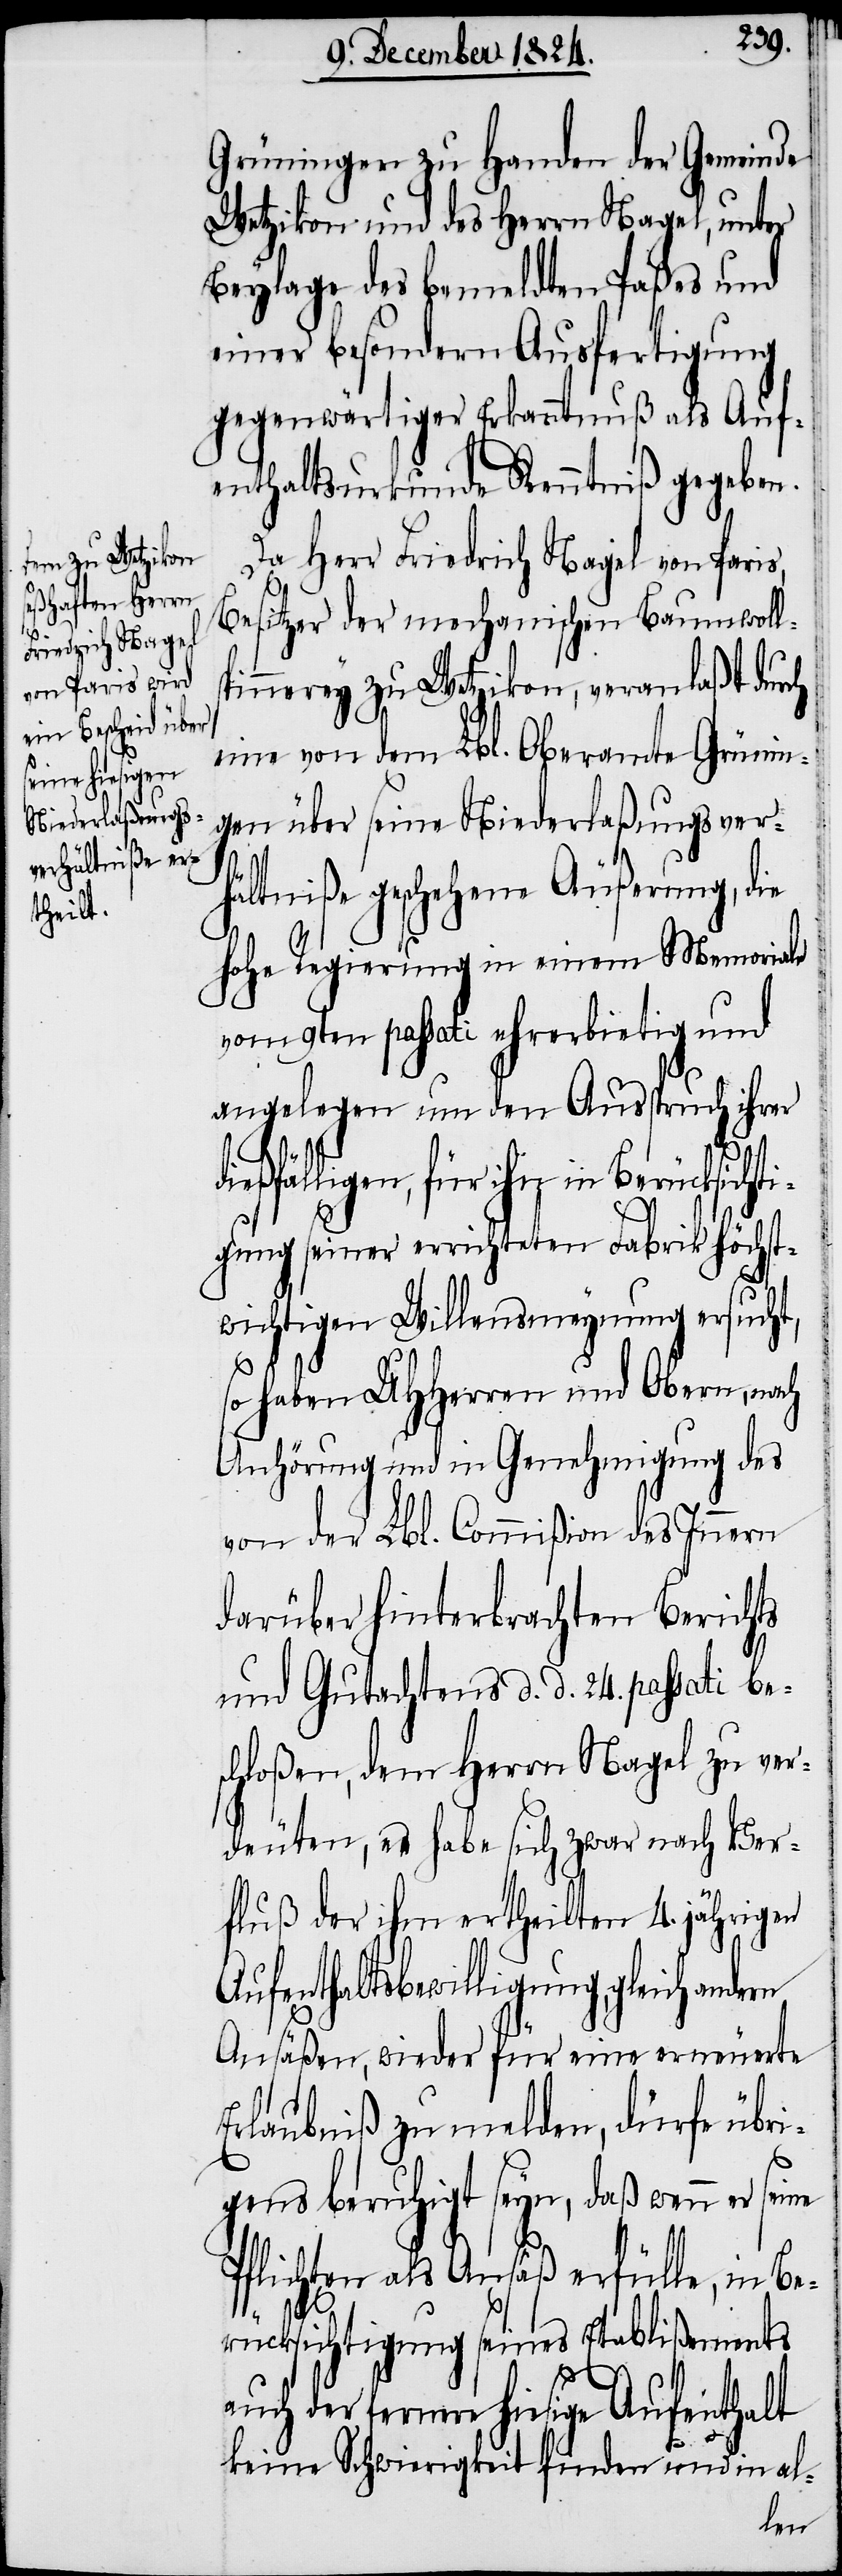
Grüningen zu Handen der Gemeinde
Wetzikon und des Herrn Nagel, unter
Beylage des bemeldten Paßes und
einer besondern Ausfertigung
gegenwärtiger Erkanntnuß als Auf¬
enthaltsurkunde Kenntniß gegeben.
Da Herr Friedrich Nagel von Paris,
Besitzer der mechanischen Baumwoll¬
pinnerey zu Wetzikon, veranlaßt durch
eine von dem Lbl. Oberamte Grünin¬
gen über seinen Niederlaßungsver¬
ti¬
hältniße geschehene Äußerung, die
hohe Regierung in einem Memoriale
vom 9ten passati ehrerbietig und
angelegen um den Ausspruch ihrer
ießfälligen, für ihn in Berücksich¬
gung seiner errichteten Fabrik höchst¬
wichtigen Willensmeynung ersucht,
so haben UHHerren und Obern, nach
Anhörung und in Genehmigung des
von der Lbl. Commißion des Innern
darüber hinterbrachten Berichts
und Gutachtens d. d. 24. passati be¬
schloßen, dem Herrn Nagel zu ver¬
deuten, es habe sich zwar nach Ver¬
fluß der ihm ertheilten 4. jährigen
Aufenthaltsbewilligung, gleich an¬
Ansäßen, wieder für eine erneuerte
Erlaubniß zu melden, dürfe übri¬
gens beruhigt seyn, daß wenn er
Pflichten als Ansäß erfülle, in Be¬
rücksichtigung seines Etablißements
auch der fernere hiesige Aufenthalt
keine Schwierigkeit finden und in al-
dern